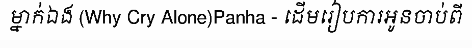
ម្នាក់ឯង (Why Cry Alone)Panha - ដើមរៀបការអូនចាប់ពី